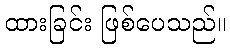
ထားခြင်း ဖြစ်ပေသည်။